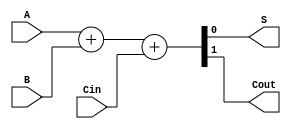
module manchester_carry_chain_full_adder (
    input wire A, B, Cin,
    output wire S, Cout
);

assign {Cout, S} = A + B + Cin;

endmodule